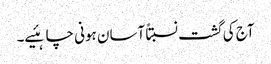
آج کی گشت نسبتاً آسان ہونی چاہئیے۔